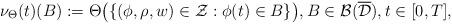
LaTeX: \begin{align*} \nu_{\Theta}(t)(B):=\Theta\big(\{(\phi,\rho,w)\in\mathcal{Z}: \phi(t)\in B\}\big),B\in\mathcal{B}(\overline{\mathcal{D}}),t\in[0,T],\end{align*}